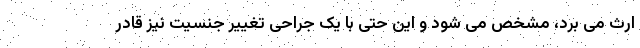
ارث می برد، مشخص می شود و این حتی با یک جراحی تغییر جنسیت نیز قادر